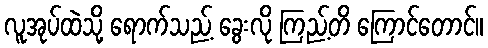
လူအုပ်ထဲသို့ ရောက်သည့် ခွေးလို ကြည့်တိ ကြောင်တောင်။